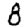
Digit: 8